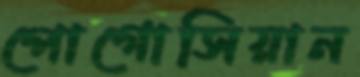
পোগোসিয়ান